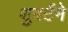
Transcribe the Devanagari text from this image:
शुबर्टने